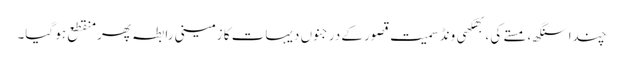
چندا سنگھ، مستے کی ، بھکھی ونڈ سمیت قصور کے درجنوں دیہات کا زمینی رابطہ پھر منقطع ہو گیا۔